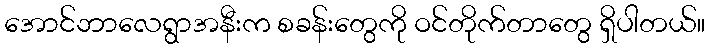
အောင်ဘာလေရွာအနီးက စခန်းတွေကို ဝင်တိုက်တာတွေ ရှိပါတယ်။